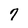
Character: 7